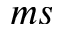
m s